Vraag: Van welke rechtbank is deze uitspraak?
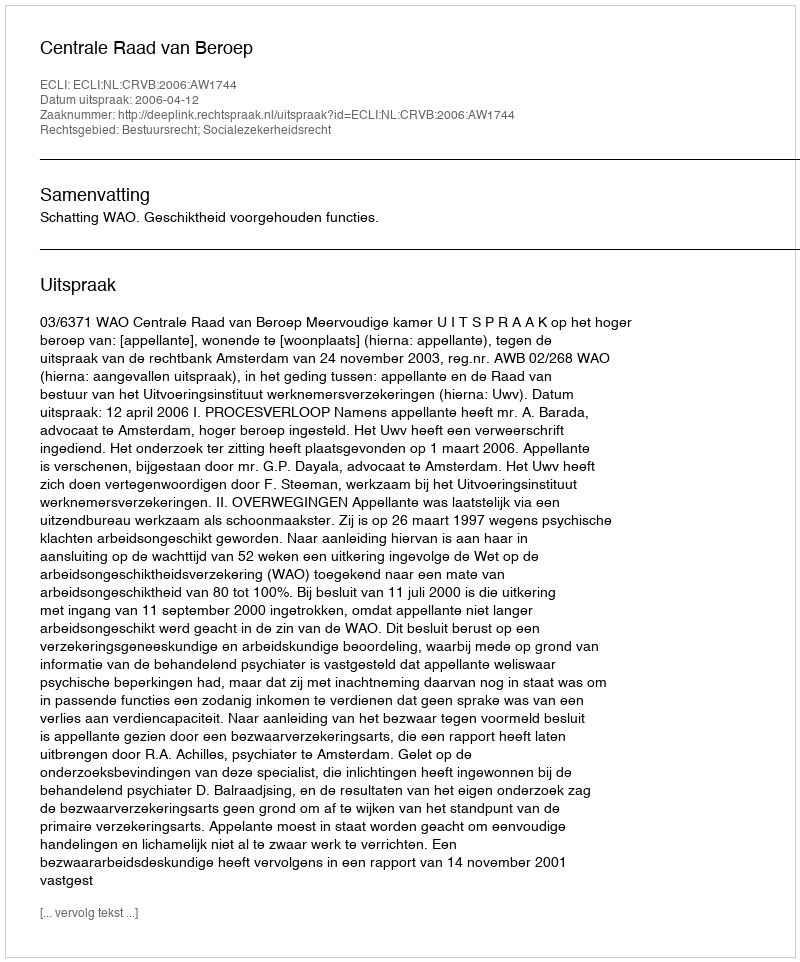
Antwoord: Centrale Raad van Beroep